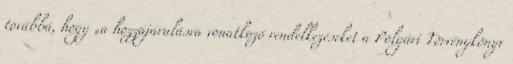
továbbá, hogy „a hozzájárulásra vonatkozó rendelkezéseket a Polgári Törvénykönyv